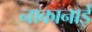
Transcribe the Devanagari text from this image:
नाकानाई